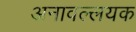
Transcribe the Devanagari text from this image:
अनावल्लयक